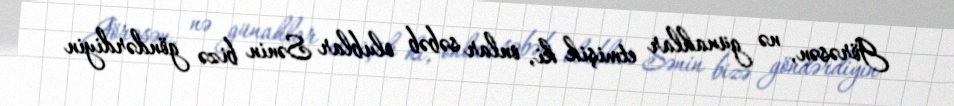
Görəsən, nə günahlar etmişik ki, onlar səbəb olublar Sənin bizə göndərdiyin